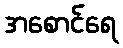
အစောင်ရေ